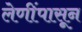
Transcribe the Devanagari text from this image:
लेणींपासून